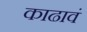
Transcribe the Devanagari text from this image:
काढावं